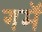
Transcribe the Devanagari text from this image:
गमॅ